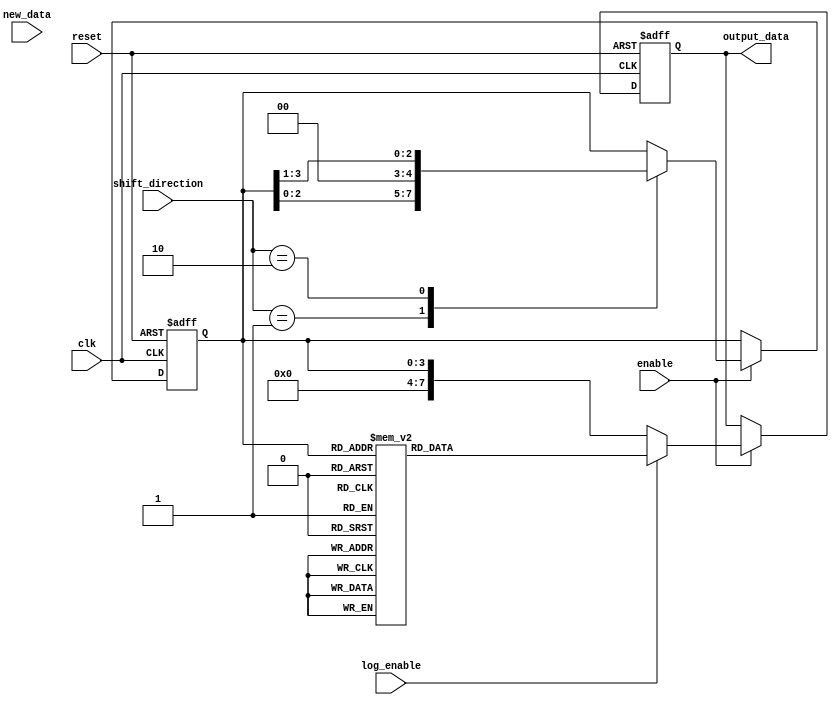
module ABLSR (
    input wire clk,
    input wire reset,
    input wire enable,
    input wire [1:0] shift_direction, // 00: no shift, 01: left shift, 10: right shift
    input wire [3:0] new_data,         // Input data (4 bits for this example)
    input wire log_enable,              // Enable for logarithmic operation
    output reg [7:0] output_data        // Output data (8 bits to accommodate log)
);

    reg [3:0] shift_reg;                // Shift register (4 bits)
    
    // Logarithm approximation (simple lookup table for example)
    function [7:0] log_aprox;
        input [3:0] value;
        begin
            case(value)
                4'b0000: log_aprox = 8'b00000000; // log(0)
                4'b0001: log_aprox = 8'b00000001; // log(1) = 0
                4'b0010: log_aprox = 8'b00000010; // log(2) = 1
                4'b0011: log_aprox = 8'b00000011; // log(3) = ~1.585
                4'b0100: log_aprox = 8'b00000100; // log(4) = 2
                4'b0101: log_aprox = 8'b00000101; // log(5) = ~2.321
                4'b0110: log_aprox = 8'b00000110; // log(6) = ~2.585
                4'b0111: log_aprox = 8'b00000111; // log(7) = ~2.807
                4'b1000: log_aprox = 8'b00001000; // log(8) = 3
                4'b1001: log_aprox = 8'b00001001; // log(9) = ~3.169
                default: log_aprox = 8'b11111111;   // log(INF) or undefined
            endcase
        end
    endfunction

    always @(posedge clk or posedge reset) begin
        if (reset) begin
            shift_reg <= 4'b0000; // Clear the shift register on reset
            output_data <= 8'b00000000; // Clear output
        end else if (enable) begin
            // Shift operations
            case (shift_direction)
                2'b00: shift_reg <= shift_reg; // No shift
                2'b01: shift_reg <= {shift_reg[2:0], 1'b0}; // Left shift
                2'b10: shift_reg <= {1'b0, shift_reg[3:1]}; // Right shift
            endcase
            
            // Logarithmic operation
            if (log_enable) begin
                output_data <= log_aprox(shift_reg); // Apply logarithm approximation
            end else begin
                output_data <= {4'b0000, shift_reg}; // Just output the shifted value extended
            end
        end
    end
    
endmodule